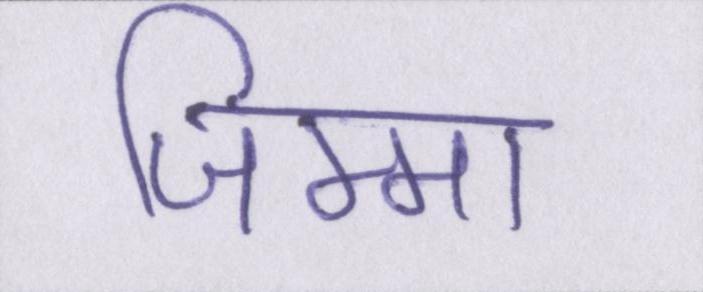
जिम्मा